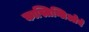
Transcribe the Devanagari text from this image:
कास्तिग्लिओने